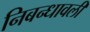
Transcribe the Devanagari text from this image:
निबन्‍धावली